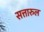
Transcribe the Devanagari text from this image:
सत्तारुल